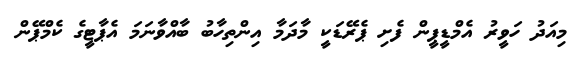
މިއަދު ހަވީރު އެމްޑީޕީން ފެށި ޕެރޭޑަކީ މާދަމާ އިންތިހާބު ބާއްވާނަމަ އެޕާޓީގެ ކެމްޕޭން